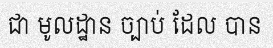
ជា មូលដ្ឋាន ច្បាប់ ដែល បាន